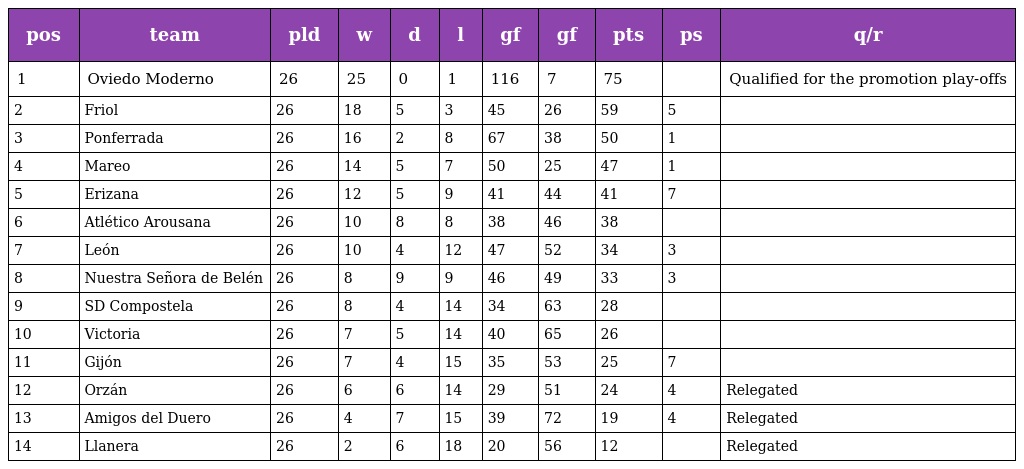
| pos | team | pld | w | d | l | gf | gf | pts | ps | q/r |
 | --- | --- | --- | --- | --- | --- | --- | --- | --- | --- | --- |
 | 1 | Oviedo Moderno | 26 | 25 | 0 | 1 | 116 | 7 | 75 |  | Qualified for the promotion play-offs |
 | 2 | Friol | 26 | 18 | 5 | 3 | 45 | 26 | 59 | 5 |  |
 | 3 | Ponferrada | 26 | 16 | 2 | 8 | 67 | 38 | 50 | 1 |  |
 | 4 | Mareo | 26 | 14 | 5 | 7 | 50 | 25 | 47 | 1 |  |
 | 5 | Erizana | 26 | 12 | 5 | 9 | 41 | 44 | 41 | 7 |  |
 | 6 | Atlético Arousana | 26 | 10 | 8 | 8 | 38 | 46 | 38 |  |  |
 | 7 | León | 26 | 10 | 4 | 12 | 47 | 52 | 34 | 3 |  |
 | 8 | Nuestra Señora de Belén | 26 | 8 | 9 | 9 | 46 | 49 | 33 | 3 |  |
 | 9 | SD Compostela | 26 | 8 | 4 | 14 | 34 | 63 | 28 |  |  |
 | 10 | Victoria | 26 | 7 | 5 | 14 | 40 | 65 | 26 |  |  |
 | 11 | Gijón | 26 | 7 | 4 | 15 | 35 | 53 | 25 | 7 |  |
 | 12 | Orzán | 26 | 6 | 6 | 14 | 29 | 51 | 24 | 4 | Relegated |
 | 13 | Amigos del Duero | 26 | 4 | 7 | 15 | 39 | 72 | 19 | 4 | Relegated |
 | 14 | Llanera | 26 | 2 | 6 | 18 | 20 | 56 | 12 |  | Relegated |